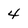
Character: 4